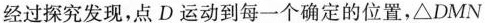
经过探究发现，点D运动到每一个确定的位置，△DMN